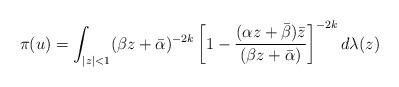
LaTeX: \begin{align*} \pi(u) = \int_{|z|<1} (\beta z+ \bar{\alpha})^{-2k} \left[ 1- \frac{(\alpha z+\bar{\beta})\bar{z}}{(\beta z+\bar{\alpha})} \right]^{-2k} d\lambda(z)\end{align*}